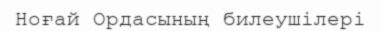
Ноғай Ордасының билеушілері